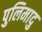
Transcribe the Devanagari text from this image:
पुलिमादु